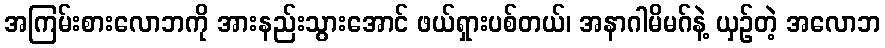
အကြမ်းစားလောဘကို အားနည်းသွားအောင် ဖယ်ရှားပစ်တယ်၊ အနာဂါမိမဂ်နဲ့ ယှဉ်တဲ့ အလောဘ